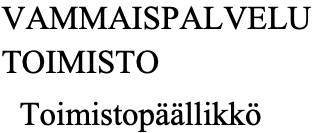
VAMMAISPALVELU TOIMISTO Toimistopäällikkö